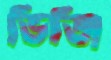
ভিজি